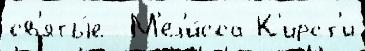
св'яты́е  М'ел'и́сса К'ирст'и